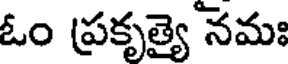
ఓం ప్రకృత్యై నమః